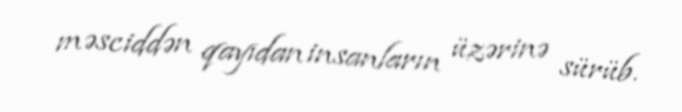
məsciddən qayıdan insanların üzərinə sürüb.